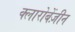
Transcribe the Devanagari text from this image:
क्लारोबेंज़ीन